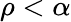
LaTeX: \rho<\alpha